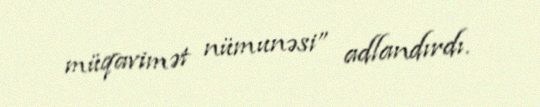
müqavimət nümunəsi” adlandırdı.